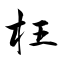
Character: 枉